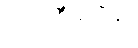
ယင်းစီမံကိန်း